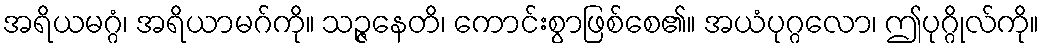
အရိယမဂ္ဂံ၊ အရိယာမဂ်ကို။ သဉ္ဇနေတိ၊ ကောင်းစွာဖြစ်စေ၏။ အယံပုဂ္ဂလော၊ ဤပုဂ္ဂိုလ်ကို။